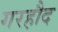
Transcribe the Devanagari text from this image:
गरहौद